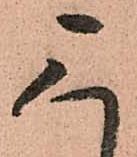
三